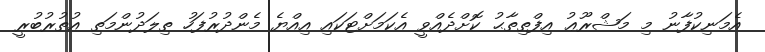
އެމަނިކުފާނު މި މަޝްރޫޢު އިފްތިތާޙު ކޮށްދެއްވީ އެކަމަށްޓަކައި އިއްޔެ މެންދުރުފަހު ތިލަދުންމަތި އުތުރުބުރީ